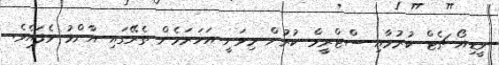
ވީޑިއޯ ޗެޓް ކުރުމާއި ސްޓްރީމް ކުރުން މިވަނީ އަހަރަމެން ތެރޭގައި އާންމު ވެފައެވެ.